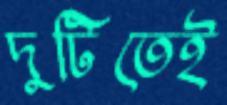
দুটিতেই